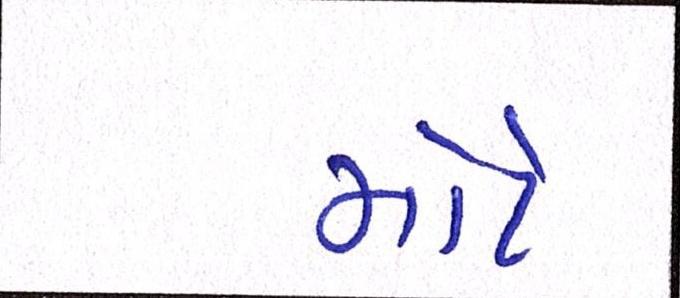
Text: મોટે